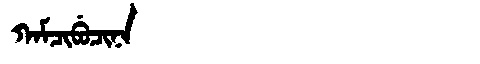
Manchu: ᡴᠠᠮᠴᡳᠪᡠᠴᡳᠨᠠ
Romanization: KAMCIBUCINA